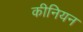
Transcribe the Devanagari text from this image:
कीनियन